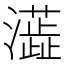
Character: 𤃓